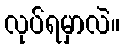
လုပ်ရမှာလဲ။